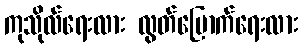
ကုသိုလ်ရေးလား လွတ်မြောက်ရေးလား